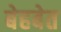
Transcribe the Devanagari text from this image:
बेहबेत